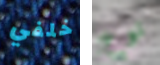
خلفي نوع